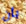
بأن